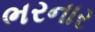
ભરનાર